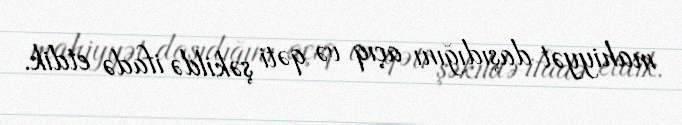
mahiyyət daşıdığını açıq və qəti şəkildə ifadə etdik.